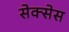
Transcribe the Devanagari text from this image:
सेक्सेस